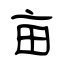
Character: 亩